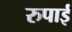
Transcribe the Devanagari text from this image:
रुपाई